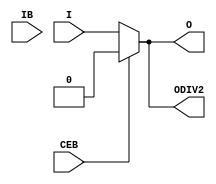
`ifdef verilator3
`else
`timescale 1 ps / 1 ps
`endif
//
// IBUFDS_GTE3 primitive for Xilinx FPGAs
// Compatible with Verilator tool (www.veripool.org)
// Copyright (c) 2019-2022 Frdric REQUIN
// License : BSD
//

module IBUFDS_GTE3
#(
    parameter [0:0] REFCLK_EN_TX_PATH  = 1'b0,
    parameter [1:0] REFCLK_HROW_CK_SEL = 2'b00,
    parameter [1:0] REFCLK_ICNTL_RX    = 2'b00
)
(
    // Clock input
    input      I,
    input      IB,
    // Clock enable
    input      CEB,
    // Clock outputs
    output     O /* verilator clocker */,
    output reg ODIV2 /* verilator clocker */
);

    reg r_IDIV2;
    
    initial begin
        r_IDIV2 = 1'b0;
    end
    
    always @ (posedge I) begin
        r_IDIV2 <= (CEB) ? 1'b0 : ~r_IDIV2;
    end
    
    always @(*) begin
        case (REFCLK_HROW_CK_SEL)
            2'b00   : ODIV2 = (REFCLK_EN_TX_PATH | CEB) ? 1'b0 : I;
            2'b01   : ODIV2 = r_IDIV2;
            default : ODIV2 = 1'b0;
        endcase
    end
    
    assign O = (REFCLK_EN_TX_PATH | CEB) ? 1'b0 : I;

endmodule